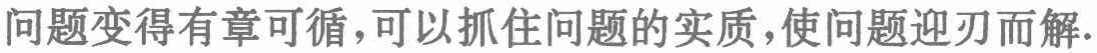
问题变得有章可循，可以抓住问题的实质，使问题迎刃而解.